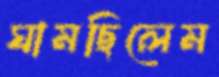
ঘামছিলেম